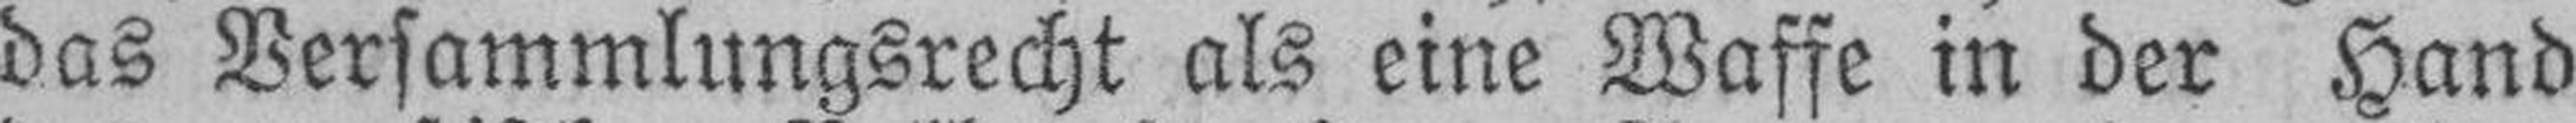
das Versammlungsrecht als eine Waffe in der Hand